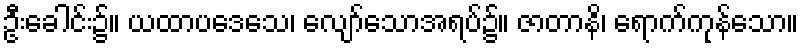
ဦးခေါင်း၌။ ယထာပဒေသေ၊ လျော်သောအရပ်၌။ ဇာတာနိ၊ ရောက်ကုန်သော။